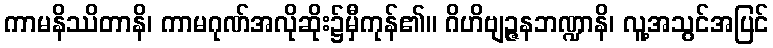
ကာမနိဿိတာနိ၊ ကာမဂုဏ်အလိုဆိုး၌မှီကုန်၏။ ဂိဟိဗျဉ္ဇနဘဏ္ဍာနိ၊ လူ့အသွင်အပြင်